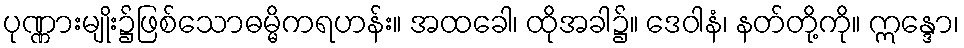
ပုဏ္ဏားမျိုး၌ဖြစ်သောဓမ္မိကရဟန်း။ အထခေါ၊ ထိုအခါ၌။ ဒေဝါနံ၊ နတ်တို့ကို။ ဣန္ဒော၊